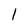
Character: 1